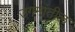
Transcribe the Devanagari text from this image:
उगमांतील